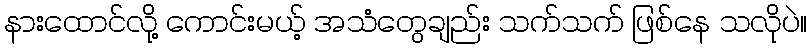
နားထောင်လို့ ကောင်းမယ့် အသံတွေချည်း သက်သက် ဖြစ်နေ သလိုပဲ။